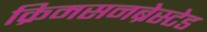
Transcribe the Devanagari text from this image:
क्रिमसनब्रेस्टेड